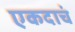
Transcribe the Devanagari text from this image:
एकदाचं